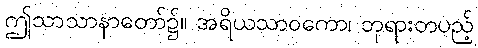
ဤသာသာနာတော်၌။ အရိယသာဝကော၊ ဘုရားတပည့်